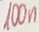
Text: 100n